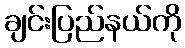
ချင်းပြည်နယ်ကို